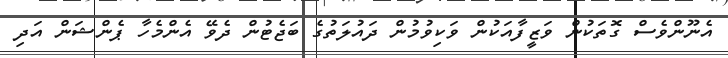
އެނޫންވެސް ގޮތަކުން ވަޒީފާއަކުން ވަކިވުމުން ދައުލަތުގެ ބަޖެޓުން ދެވޭ އެންމެހާ ޕެންޝަން އަދި